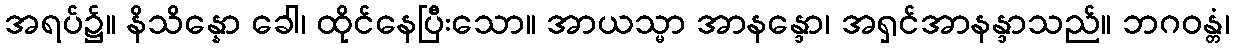
အရပ်၌။ နိသိန္နော ခေါ၊ ထိုင်နေပြီးသော။ အာယသ္မာ အာနန္ဒော၊ အရှင်အာနန္ဒာသည်။ ဘဂဝန္တံ၊